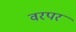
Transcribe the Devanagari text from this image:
वरपर